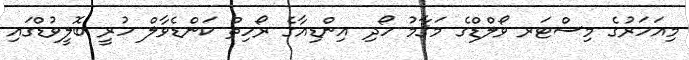
މިއަހަރުގެ މިސްޓަރ ވޯލްޑްގެ މަޤާމު ހޯދި އިންޑިއާގެ ރޯހިތް ކަންޑެވާލް ހުރީ ބޮލީވުޑްގައި